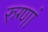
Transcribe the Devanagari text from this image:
रुग्णां